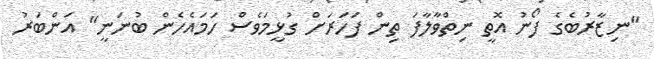
"ނިޒާރުބެގެ ފޯނު އޮތީ ނިތްވާލާފަ ތިން ފަހަރަށް ގުޅީމަވެސް ހަމައެހެން ބުނަނީ" އަންބަރު